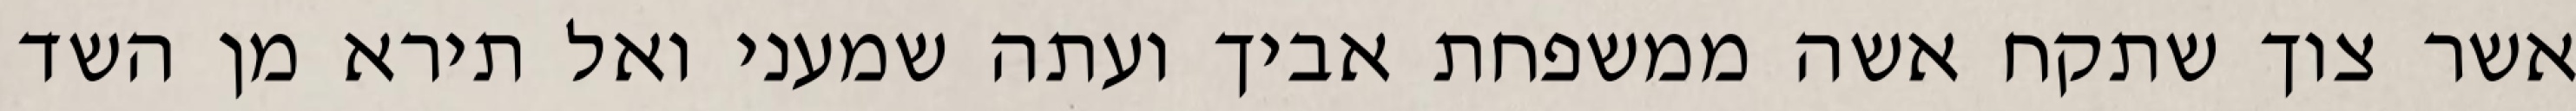
אשר צוך שתקח אשה ממשפחת אביך ועתה שמעני ואל תירא מן השד